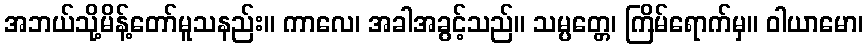
အဘယ်သို့မိန့်တော်မူသနည်း။ ကာလေ၊ အခါအခွင့်သည်။ သမ္ပတ္တေ၊ ကြိမ်ရောက်မှ။ ဝါယာမော၊